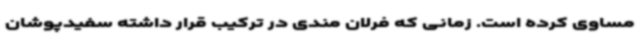
مساوی کرده است. زمانی که فرلان مندی در ترکیب قرار داشته سفیدپوشان